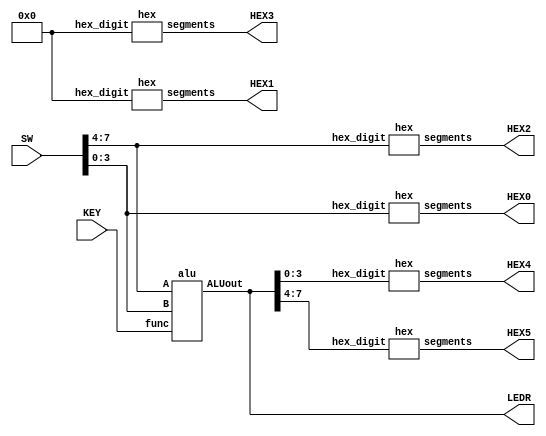
//Arithmetic Logic Unit (ALU)

//Input		Output
//  0		A+1 with adder
//  1		A+B with adder
//  2		A+B
//  3		A XOR B in the four bits and A OR B in the upper four bits
//  4		Output 1 if any of the 8 bits in either A or B are high , and 0 if all the bits are low 
//  5		Ouput A in the most significant four bits and B in the least significant bits 

//inputs
//SW[7:4]:		A
//SW[3:0]:		B
//KEY[2:0]:		func (active low)

//outputs
//LEDR[7:0]:	ALU output
//HEX0:			B
//HEX2:			A
//HEX1, HEX3:	output 0
//HEX4:			ALU[3:0]
//HEX5:			ALU[7:4]


module arithmetic_logic_unit(SW, KEY, LEDR, HEX0, HEX1, HEX2, HEX3, HEX4, HEX5);
	input [9:0] SW;
	input [2:0] KEY;
	output [7:0] LEDR;
	output [6:0] HEX0, HEX1, HEX2, HEX3, HEX4, HEX5;
	wire [7:0] alu_out;
	
	//outputs B on HEX0
	hex h0(SW[3:0], HEX0);
	
	//outputs A on HEX2
	hex h1(SW[7:4], HEX2);
		
	//set HEX1 and HEX3 to 0
	hex h2(4'b0000, HEX1);
	hex h3(4'b0000, HEX3);
	
	alu a0(
			.A(SW[7:4]),
			.B(SW[3:0]),
			.func(KEY[2:0]),
			.ALUout(alu_out[7:0])
			);
	
	assign LEDR[7:0] = alu_out[7:0];
	
	//set HEX4 to ALUout[3:0]
	hex h4(alu_out[3:0], HEX4);
			
	//set HEX5 to ALUout[7:4]
	hex h5(alu_out[7:4], HEX5);
	
endmodule

module alu(A,B,func,ALUout);
	input [3:0] A;
	input [7:4] B;
	input [2:0] func;
	output [7:0] ALUout;
	
	reg [7:0] ALUout;
	
	wire [3:0] case0;
	wire carry_case0;
	wire [3:0] case1;
	wire carry_case1;
	
	four_bit_adder fba0(
							.a(A),
							.b(4'b0001), 
							.ci(1'b0), 
							.co(carry_case0), 
							.s(case0)
							);
							
	four_bit_adder fba1(
							.a(A), 
							.b(B), 
							.ci(1'b0), 
							.co(carry_case1), 
							.s(case1)
							);
	
	always @(*)
	begin
		case (func)
			3'b000: ALUout = {carry_case0, 3'b0, case0};	//A+1 with adder
			3'b001: ALUout = {carry_case1, 3'b0, case1};	//A+B with adder
			3'b010: ALUout = {4'b0, A + B};					//A+B
			3'b011: ALUout = {A | B, A ^ B};				//A XOR B in the four bits and A OR B in the upper four bits
			3'b100: ALUout = (A | B != 4'b0) ? 8'b1 : 8'b0;	//Output 1 if any of the 8 bits in either A or B are high , and 0 if all the bits are low 
			3'b101: ALUout = {A, B};						//Ouput A in the most significant four bits and B in the least significant bits 
			default: ALUout = 8'b0;
		endcase
	end
endmodule
	

module hex(hex_digit, segments); //hex decoder
    input [3:0] hex_digit;
    output reg [6:0] segments;
   
    always @(*)
        case (hex_digit)
            4'h0: segments = 7'b100_0000;
            4'h1: segments = 7'b111_1001;
            4'h2: segments = 7'b010_0100;
            4'h3: segments = 7'b011_0000;
            4'h4: segments = 7'b001_1001;
            4'h5: segments = 7'b001_0010;
            4'h6: segments = 7'b000_0010;
            4'h7: segments = 7'b111_1000;
            4'h8: segments = 7'b000_0000;
            4'h9: segments = 7'b001_1000;
            4'hA: segments = 7'b000_1000;
            4'hB: segments = 7'b000_0011;
            4'hC: segments = 7'b100_0110;
            4'hD: segments = 7'b010_0001;
            4'hE: segments = 7'b000_0110;
            4'hF: segments = 7'b000_1110;   
            default: segments = 7'h7f;
        endcase
endmodule


module four_bit_adder(a, b, ci, co, s);
	input [3:0] a, b;
	input ci;
	output co;
	output [3:0] s;
	wire c1;
	wire c2;
	wire c3;
	
	fa u0(
		.a(a[0]),
		.b(b[0]),
		.ci(ci),
		.s(s[0]),
		.co(c1)
	);
	
	fa u1(
		.a(a[1]),
		.b(b[1]),
		.ci(c1),
		.s(s[1]),
		.co(c2)
	);
	
	fa u2(
		.a(a[2]),
		.b(b[2]),
		.ci(c2),
		.s(s[2]),
		.co(c3)
	);
	
	fa u3(
		.a(a[3]),
		.b(b[3]),
		.ci(c3),
		.s(s[3]),
		.co(co)
	);
endmodule

module fa(a,b,ci,co,s);
	input a;
	input b;
	input ci;
	output co;
	output s;
	
	wire c1;
	assign c1 = a ^ b;
	
	assign s = c1 ^ ci;
	mux2to1 m0(
		.x(b), 
		.y(ci),
		.s(c1),
		.m(co)
		);
endmodule

module mux2to1(x, y, s, m);
    input x;
    input y;
    input s; 
    output m;
  
    assign m = s & y | ~s & x;

endmodule